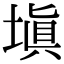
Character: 塡